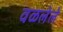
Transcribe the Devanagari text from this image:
वळलेले